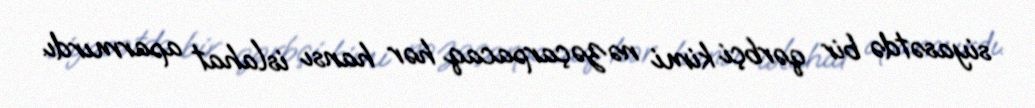
siyasətdə bir qərbçi kimi nəzəçarpacaq hər hansı islahat aparmırdı.